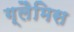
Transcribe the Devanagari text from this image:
ग्लैमिस